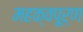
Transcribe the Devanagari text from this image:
महक्वपूर्ण